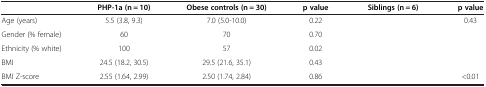
<table><thead><tr><td>[EMPTY_CELL]</td><td><b>PHP-1a (n = 10)</b></td><td><b>Obese controls (n = 30)</b></td><td><b>p value</b></td><td><b>Siblings (n = 6)</b></td><td><b>p value</b></td></tr></thead><tbody><tr><td>Age (years)</td><td>5.5 (3.8, 9.3)</td><td>7.0 (5.0-10.0)</td><td>0.22</td><td>[EMPTY_CELL]</td><td>0.43</td></tr><tr><td>Gender (% female)</td><td>60</td><td>70</td><td>0.70</td><td>[EMPTY_CELL]</td><td>[EMPTY_CELL]</td></tr><tr><td>Ethnicity (% white)</td><td>100</td><td>57</td><td>0.02</td><td>[EMPTY_CELL]</td><td>[EMPTY_CELL]</td></tr><tr><td>BMI</td><td>24.5 (18.2, 30.5)</td><td>29.5 (21.6, 35.1)</td><td>0.43</td><td>[EMPTY_CELL]</td><td>[EMPTY_CELL]</td></tr><tr><td>BMI Z-score</td><td>2.55 (1.64, 2.99)</td><td>2.50 (1.74, 2.84)</td><td>0.86</td><td>[EMPTY_CELL]</td><td>&lt;0.01</td></tr></tbody></table>